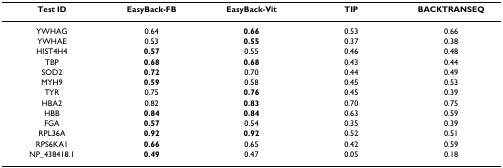
<table><thead><tr><td><b>Test ID</b></td><td><b>EasyBack-FB</b></td><td><b>EasyBack-Vit</b></td><td><b>TIP</b></td><td><b>BACKTRANSEQ</b></td></tr></thead><tbody><tr><td>YWHAG</td><td>0.64</td><td><b>0.66</b></td><td>0.53</td><td>0.66</td></tr><tr><td>YWHAE</td><td>0.53</td><td><b>0.55</b></td><td>0.37</td><td>0.38</td></tr><tr><td>HIST4H4</td><td><b>0.57</b></td><td>0.55</td><td>0.46</td><td>0.48</td></tr><tr><td>TBP</td><td><b>0.68</b></td><td><b>0.68</b></td><td>0.43</td><td>0.44</td></tr><tr><td>SOD2</td><td><b>0.72</b></td><td>0.70</td><td>0.44</td><td>0.49</td></tr><tr><td>MYH9</td><td><b>0.59</b></td><td>0.58</td><td>0.45</td><td>0.53</td></tr><tr><td>TYR</td><td>0.75</td><td><b>0.76</b></td><td>0.45</td><td>0.39</td></tr><tr><td>HBA2</td><td>0.82</td><td><b>0.83</b></td><td>0.70</td><td>0.75</td></tr><tr><td>HBB</td><td><b>0.84</b></td><td><b>0.84</b></td><td>0.63</td><td>0.59</td></tr><tr><td>FGA</td><td><b>0.57</b></td><td>0.54</td><td>0.35</td><td>0.39</td></tr><tr><td>RPL36A</td><td><b>0.92</b></td><td><b>0.92</b></td><td>0.52</td><td>0.51</td></tr><tr><td>RPS6KA1</td><td><b>0.66</b></td><td>0.65</td><td>0.42</td><td>0.59</td></tr><tr><td>NP_438418.1</td><td><b>0.49</b></td><td>0.47</td><td>0.05</td><td>0.18</td></tr></tbody></table>